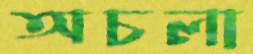
অচলা